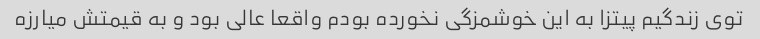
توی زندگیم پیتزا به این خوشمزگی نخورده بودم واقعا عالی بود و به قیمتش میارزه